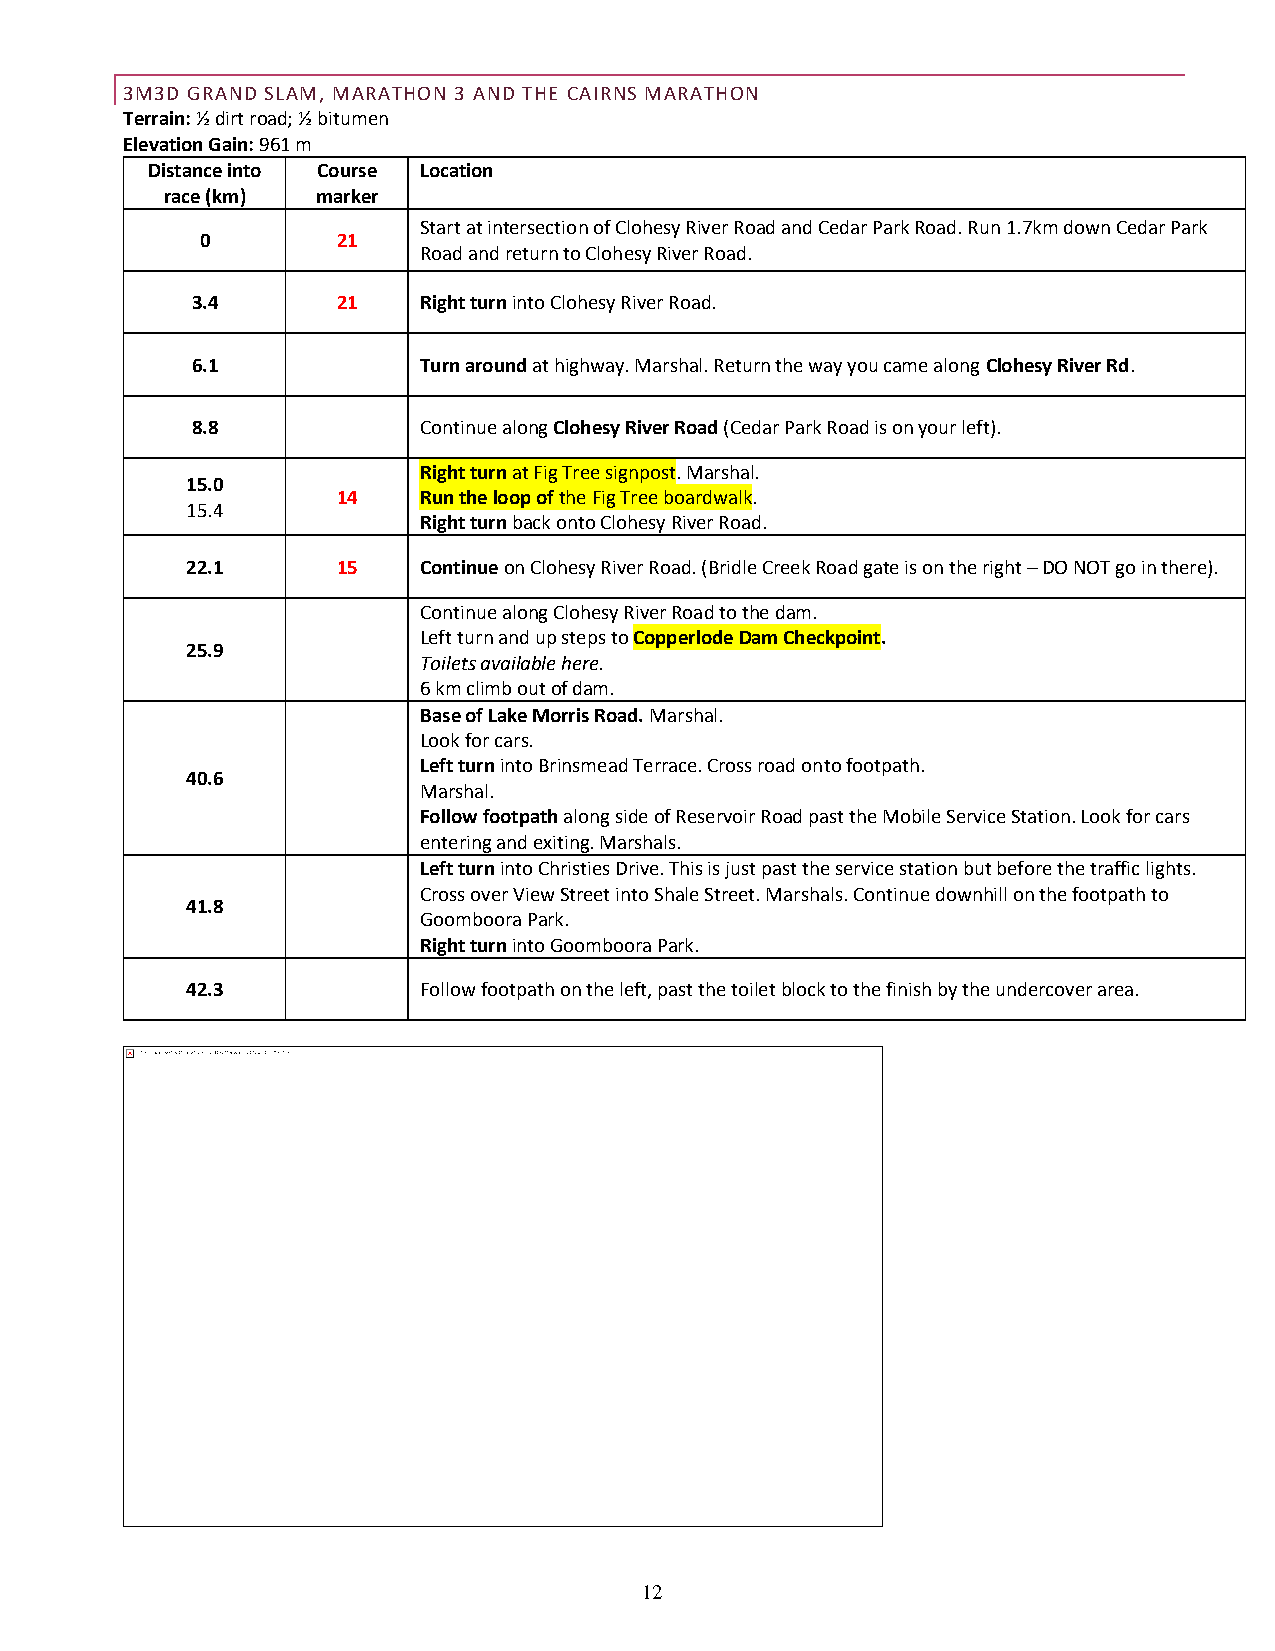
3M3D GRAND SLAM, MARATHON 3 AND THE CAIRNS MARATHON
 Terrain: ½ dirt road; ½ bitumen
 Elevation Gain: 961 m
 Distance into Course Location
 race (km) marker
 Start at intersection of Clohesy River Road and Cedar Park Road. Run 1.7km down Cedar Park
 0        21
 Road and return to Clohesy River Road.
 3.4      21    Right turn into Clohesy River Road.
 6.1            Turn around at highway. Marshal. Return the way you came along Clohesy River Rd.
 8.8            Continue along Clohesy River Road (Cedar Park Road is on your left).
 Right turn at Fig Tree signpost. Marshal.
 15.0
 14    Run the loop of the Fig Tree boardwalk.
 15.4
 Right turn back onto Clohesy River Road.
 22.1      15    Continue on Clohesy River Road. (Bridle Creek Road gate is on the right – DO NOT go in there).
 Continue along Clohesy River Road to the dam.
 Left turn and up steps to Copperlode Dam Checkpoint.
 25.9
 Toilets available here.
 6 km climb out of dam.
 Base of Lake Morris Road. Marshal.
 Look for cars.
 Left turn into Brinsmead Terrace. Cross road onto footpath.
 40.6
 Marshal.
 Follow footpath along side of Reservoir Road past the Mobile Service Station. Look for cars
 entering and exiting. Marshals.
 Left turn into Christies Drive. This is just past the service station but before the traffic lights.
 Cross over View Street into Shale Street. Marshals. Continue downhill on the footpath to
 41.8
 Goomboora Park.
 Right turn into Goomboora Park.
 42.3            Follow footpath on the left, past the toilet block to the finish by the undercover area.
 12